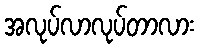
အလုပ်လာလုပ်တာလား